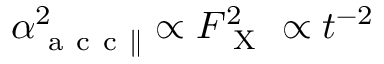
\alpha _ { \mathrm { ~ a ~ c ~ c ~ } \parallel } ^ { 2 } \propto F _ { \mathrm { ~ X ~ } } ^ { 2 } \propto t ^ { - 2 }